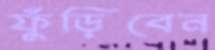
ফুঁড়িবেন